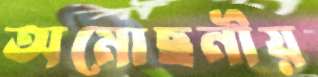
অমোছনীয়